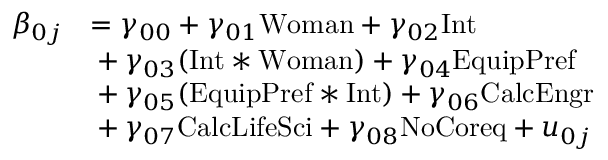
\begin{array} { r l } { \beta _ { 0 j } } & { = \gamma _ { 0 0 } + \gamma _ { 0 1 } \mathrm { W o m a n } + \gamma _ { 0 2 } \mathrm { I n t } } \\ & { \indent + \gamma _ { 0 3 } ( \mathrm { I n t } \ast \mathrm { W o m a n } ) + \gamma _ { 0 4 } \mathrm { E q u i p P r e f } } \\ & { \indent + \gamma _ { 0 5 } ( \mathrm { E q u i p P r e f } \ast \mathrm { I n t } ) + \gamma _ { 0 6 } \mathrm { C a l c E n g r } } \\ & { \indent + \gamma _ { 0 7 } \mathrm { C a l c L i f e S c i } + \gamma _ { 0 8 } \mathrm { N o C o r e q } + u _ { 0 j } } \end{array}